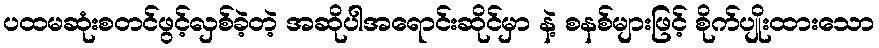
ပထမဆုံးစတင်ဖွင့်လှစ်ခဲ့တဲ့ အဆိုပါအရောင်းဆိုင်မှာ နဲ့ စနစ်များဖြင့် စိုက်ပျိုးထားသော